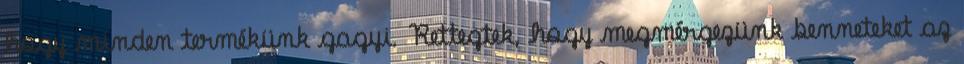
hogy minden termékünk gagyi. Rettegtek, hogy megmérgezünk benneteket az